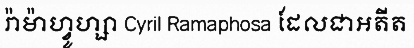
រ៉ាម៉ាហ្វូហ្សា Cyril Ramaphosa ដែលជាអតីត